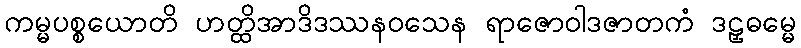
ကမ္မပစ္စယောတိ ဟတ္ထိအာဒိဒဿနဝသေန ရာဇောဝါဒဇာတကံ ဒဠှဓမ္မေ